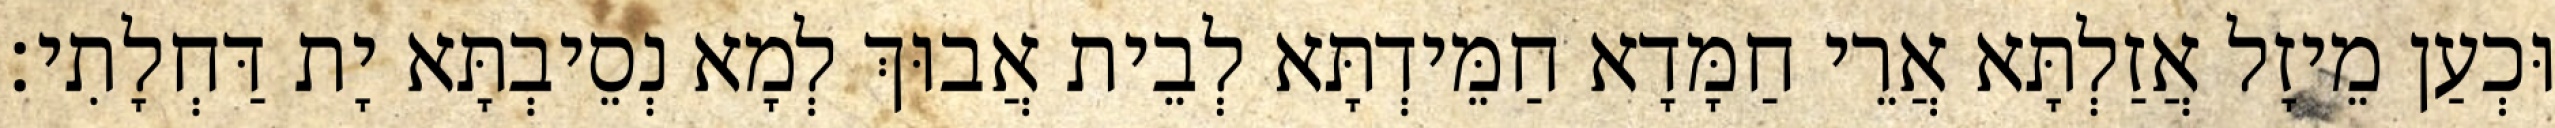
וּכְעַן מֵיזָל אֲזַלְתָּא אֲרֵי חַמָּדָא חַמֵּידְתָּא לְבֵית אֲבוּךְ לְמָא נְסֵיבְתָּא יָת דַּחְלָתִי׃